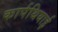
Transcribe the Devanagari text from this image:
कार्पथियाई